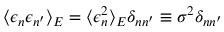
\langle \epsilon _ { n } \epsilon _ { n ^ { \prime } } \rangle _ { E } = \langle \epsilon _ { n } ^ { 2 } \rangle _ { E } \delta _ { n n ^ { \prime } } \equiv \sigma ^ { 2 } \delta _ { n n ^ { \prime } }